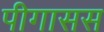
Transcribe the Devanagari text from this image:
पीगासस